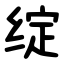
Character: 绽